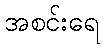
အစင်းရေ